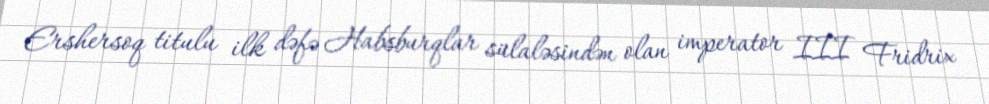
Ershersoq titulu ilk dəfə Habsburqlar sülaləsindən olan imperator III Fridrix